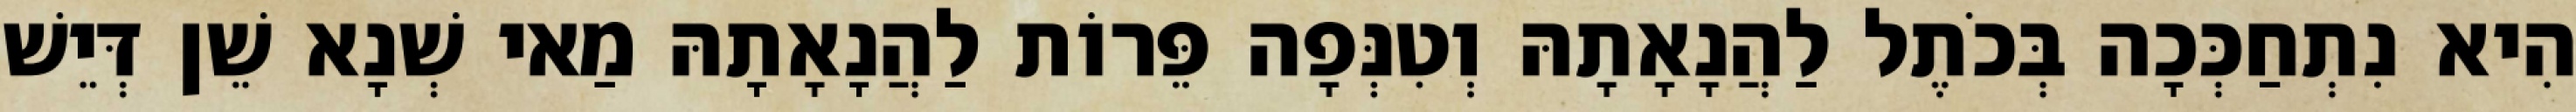
הִיא נִתְחַכְּכָה בְּכֹתֶל לַהֲנָאָתָהּ וְטִנְּפָה פֵּרוֹת לַהֲנָאָתָהּ מַאי שְׁנָא שֵׁן דְּיֵשׁ